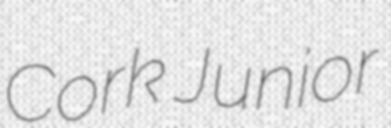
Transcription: Cork Junior